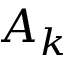
A _ { k }